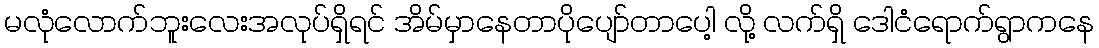
မလုံလောက်ဘူးလေးအလုပ်ရှိရင် အိမ်မှာနေတာပိုပျော်တာပေါ့ လို့ လက်ရှိ ဒေါငံရောက်ရွာကနေ